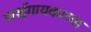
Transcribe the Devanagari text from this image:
पार्श्वगायकाच्या